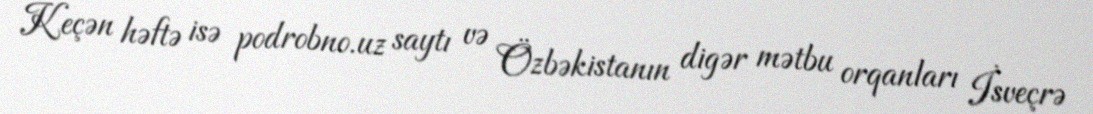
Keçən həftə isə podrobno.uz saytı və Özbəkistanın digər mətbu orqanları İsveçrə